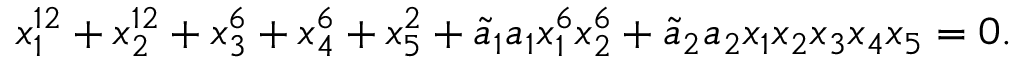
x _ { 1 } ^ { 1 2 } + x _ { 2 } ^ { 1 2 } + x _ { 3 } ^ { 6 } + x _ { 4 } ^ { 6 } + x _ { 5 } ^ { 2 } + { \tilde { a } _ { 1 } } a _ { 1 } x _ { 1 } ^ { 6 } x _ { 2 } ^ { 6 } + { \tilde { a } _ { 2 } } a _ { 2 } x _ { 1 } x _ { 2 } x _ { 3 } x _ { 4 } x _ { 5 } = 0 .